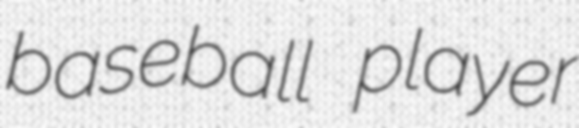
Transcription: baseball player